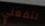
لتفعلي